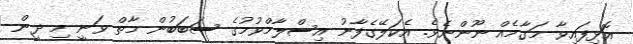
އޮޅިފައިވާ މަގާމެއް ނޫންނެވެ. އެކަލޭގެފާނު އިސްލާމްވުމުގެ ސަބަބުން މާތް ވަނީ މި ދީން